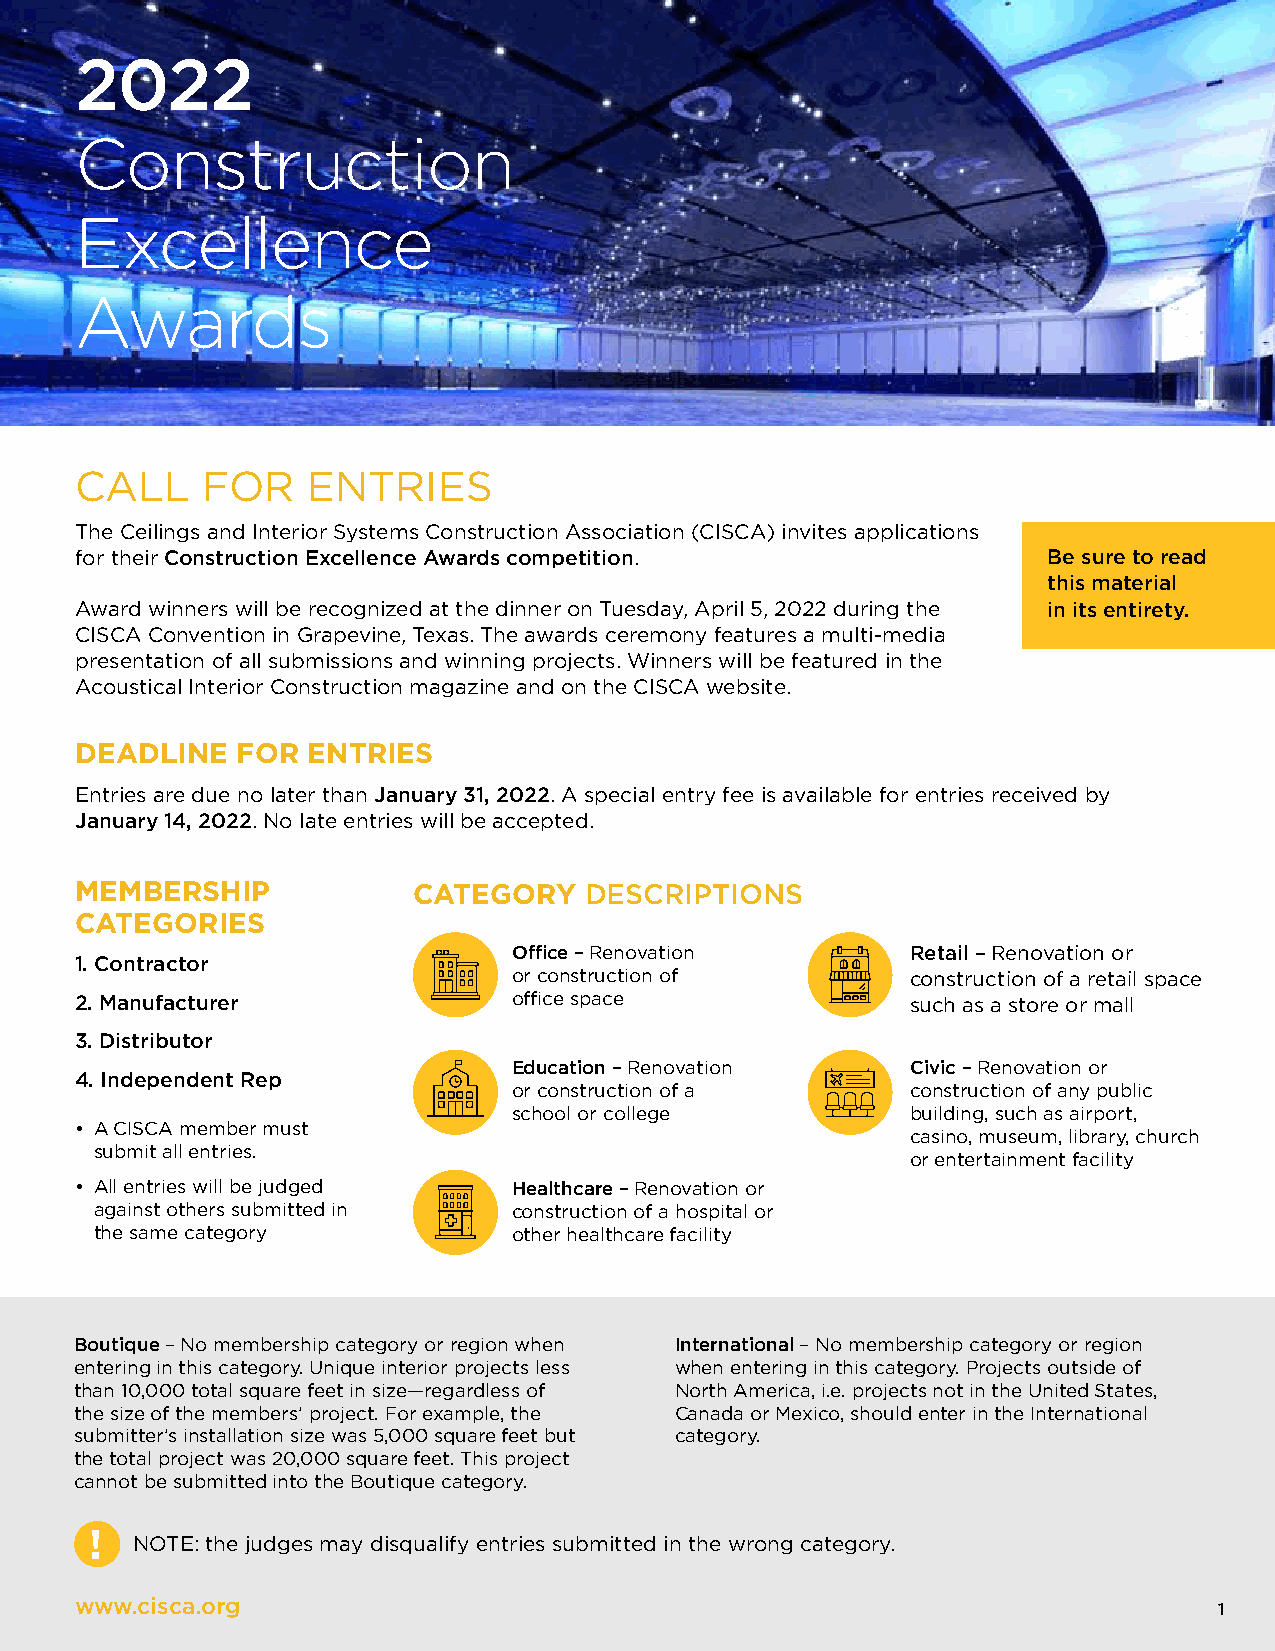
2022
 Construction
 Excellence
 Awards
 CALL    FOR    ENTRIES
 The Ceilings and Interior Systems Construction Association (CISCA) invites applications
 for their Construction Excellence Awards competition.           Be sure to read
 this material
 Award winners will be recognized at the dinner on Tuesday, April 5, 2022 during the in its entirety.
 CISCA Convention in Grapevine, Texas. The awards ceremony features a multi-media
 presentation of all submissions and winning projects. Winners will be featured in the
 Acoustical Interior Construction magazine and on the CISCA website.
 DEADLINE   FOR ENTRIES
 Entries are due no later than January 31, 2022. A special entry fee is available for entries received by
 January 14, 2022. No late entries will be accepted.
 MEMBERSHIP            CATEGORY    DESCRIPTIONS
 CATEGORIES
 Office – Renovation       Retail – Renovation or
 1. Contractor
 or construction of        construction of a retail space
 2. Manufacturer              office space              such as a store or mall
 3. Distributor
 Education – Renovation    Civic – Renovation or
 4. Independent Rep
 or construction of a      construction of any public
 school or college         building, such as airport,
 • A CISCA member must
 casino, museum, library, church
 submit all entries.
 or entertainment facility
 • All entries will be judged Healthcare – Renovation or
 against others submitted in construction of a hospital or
 the same category           other healthcare facility
 Boutique – No membership category or region when International – No membership category or region
 entering in this category. Unique interior projects less when entering in this category. Projects outside of
 than 10,000 total square feet in size—regardless of North America, i.e. projects not in the United States,
 the size of the members’ project. For example, the Canada or Mexico, should enter in the International
 submitter’s installation size was 5,000 square feet but category.
 the total project was 20,000 square feet. This project
 cannot be submitted into the Boutique category.
 !
 NOTE: the judges may disqualify entries submitted in the wrong category.
 www.cisca.org                                                               1